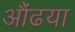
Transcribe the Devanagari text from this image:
औंढया